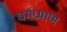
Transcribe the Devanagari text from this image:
धर्मप्रमाण